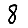
Digit: 8